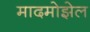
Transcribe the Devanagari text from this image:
मादमोझेल